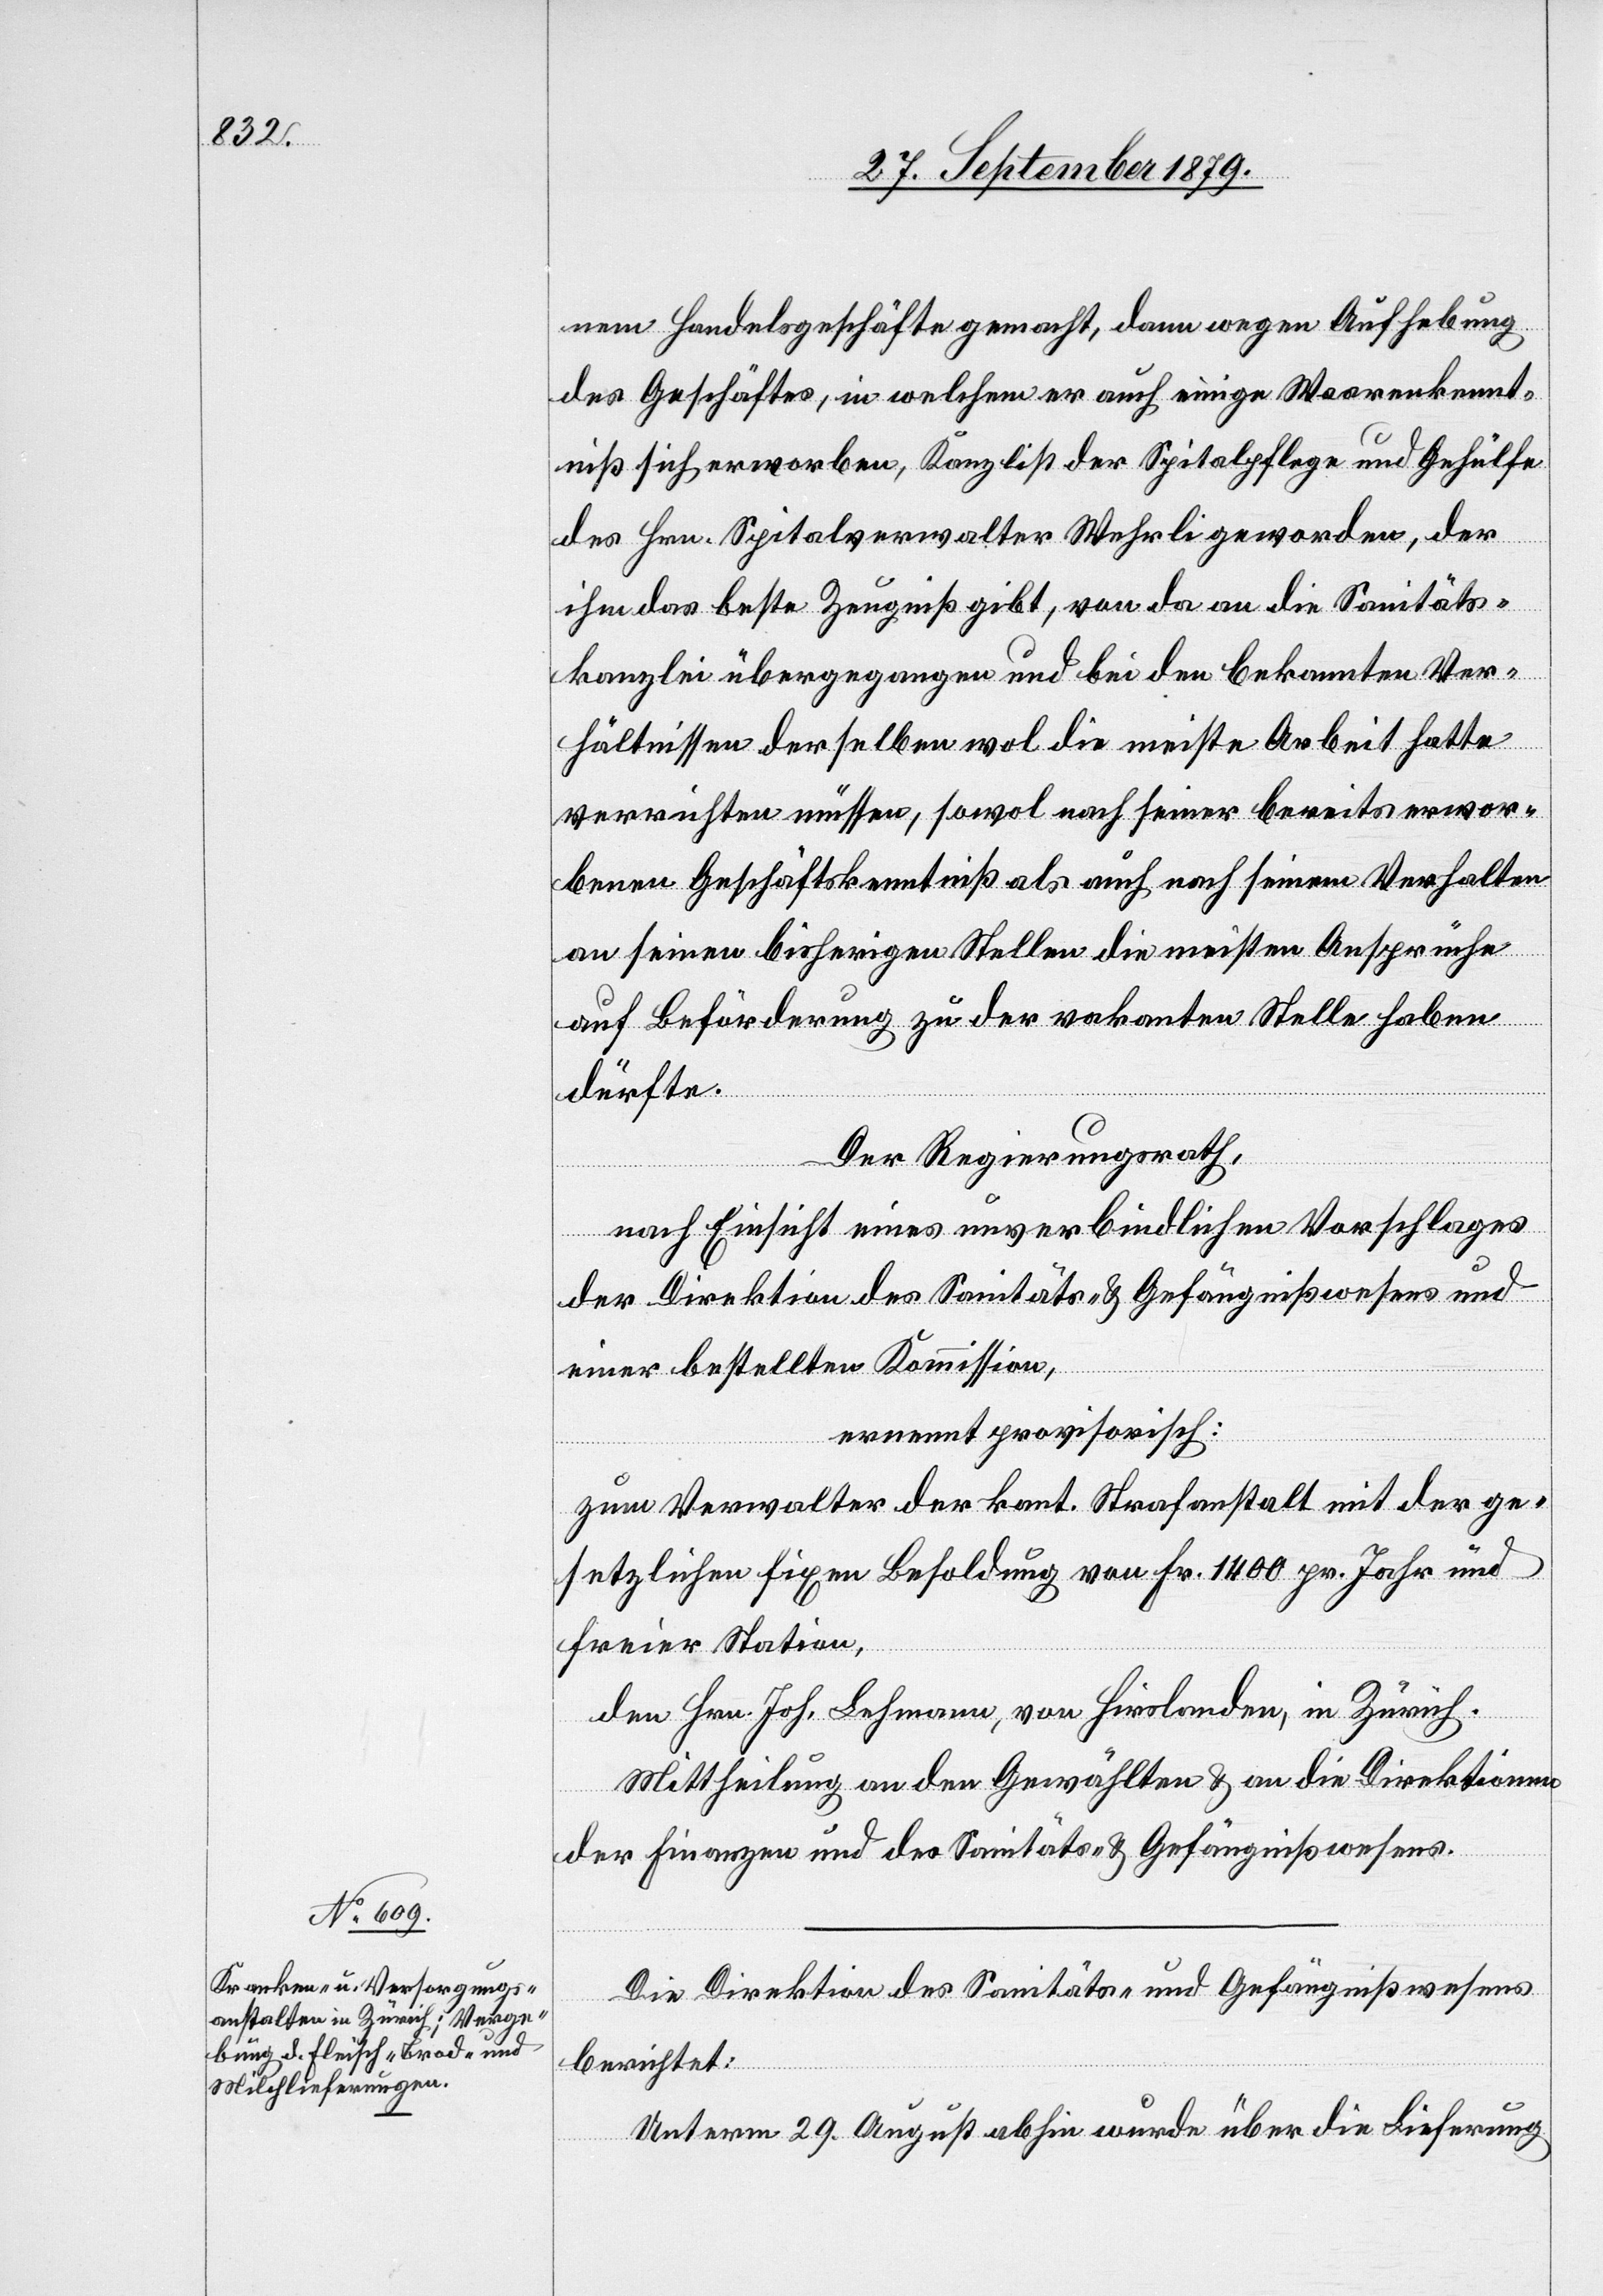
nem Handelsgeschäfte gemacht, dann wegen Aufhebung
des Geschäftes, in welchem er auch einige Waarenkennt¬
niß sich erworben, Kanzlist der Spitalpflege und Gehülfe
des Hrn. Spitalverwalter Wehrli geworden, der
ihm das beste Zeugniß gibt, von da an die Sanitäts¬
kanzlei übergegangen und bei den bekannten Ver¬
hältnissen derselben wol die meiste Arbeit hatte
verrichten müssen, sowol nach seiner bereits erwor¬
benen Geschäftskenntniß als auch nach seinem Verhalten
an seinen bisherigen Stellen die meisten Ansprüche
auf Beförderung zu der vakanten Stelle haben
dürfte.
Der Regierungsrath,
nach Einsicht eines unverbindlichen Vorschlages
der Direktion des Sanitäts- & Gefängnißwesens und
einer bestellten Kommission,
ernennt provisorisch:
zum Verwalter der kant. Strafanstalt mit der ge¬
setzlichen fixen Besoldung von Fr. 1400 pr. Jahr und
freier Station,
den Hrn. Joh. Lehmann, von Hirslanden, in Zürich.
Mittheilung an den Gewählten & an die Direktionen
der Finanzen und des Sanitäts- & Gefängnißwesens.
Die Direktion des Sanitäts- & Gefängnißwesens
berichtet:
Unterm 29. August abhin wurde über die Lieferung